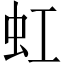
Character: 虹